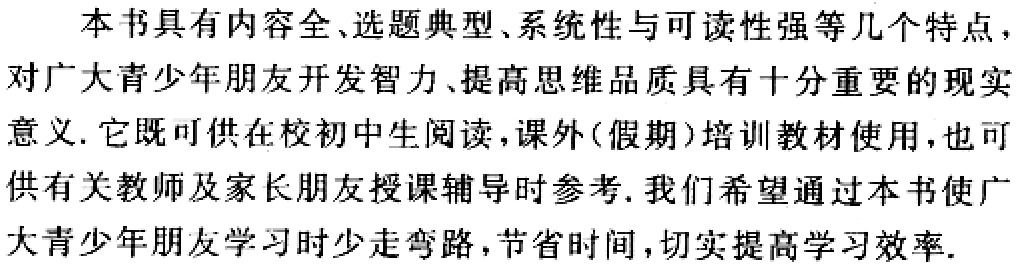
本书具有内容全、选题典型、系统性与可读性强等几个特点，

对广大青少年朋友开发智力、提高思维品质具有十分重要的现实

意义. 它既可供在校初中生阅读，课外(假期)培训教材使用，也可

供有关教师及家长朋友授课辅导时参考. 我们希望通过本书使广

大青少年朋友学习时少走弯路，节省时间，切实提高学习效率.